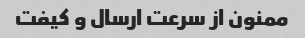
ممنون از سرعت ارسال و کیفت